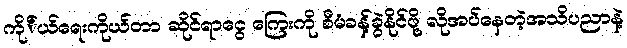
ကို်ယ်ရေးကိုယ်တာ ဆိုင်ရာငွေ ကြေးကို စီမံခန့်ခွဲနိုင်ဖို့ လိုအပ်နေတဲ့အသိပညာနဲ့